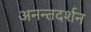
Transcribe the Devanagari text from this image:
अनन्तदर्शन